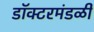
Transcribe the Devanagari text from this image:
डॉक्टरमंडळी